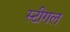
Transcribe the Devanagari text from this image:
स्टीगल